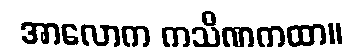
အာလောက ကသိဏကထာ။